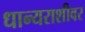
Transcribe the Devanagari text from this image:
धान्यराशीवर